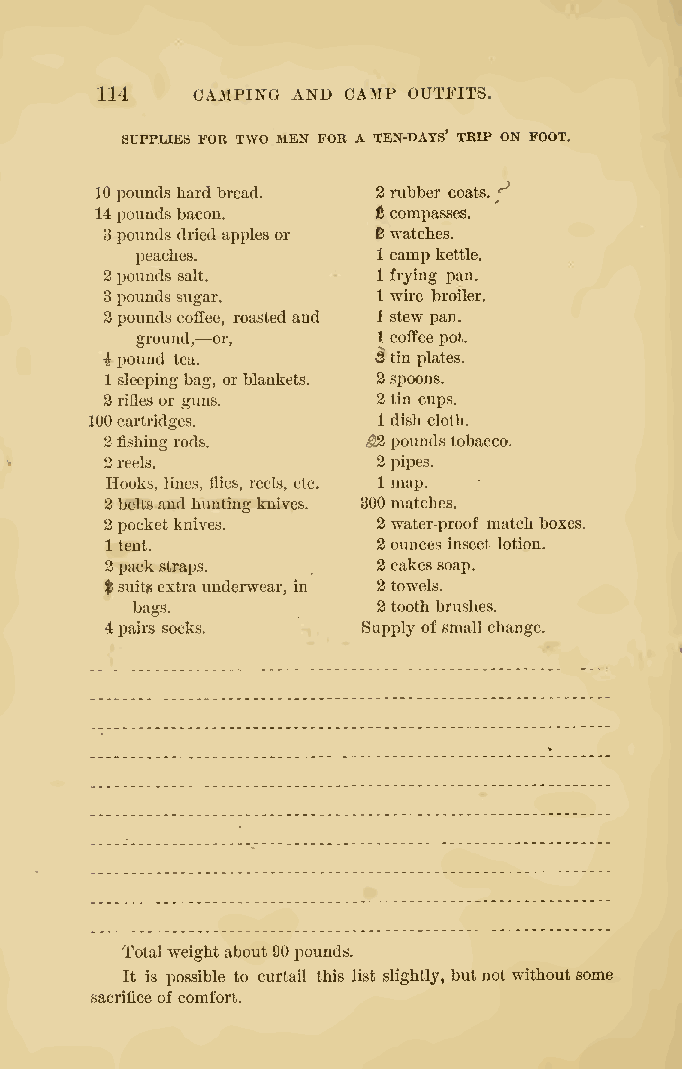
114    CAMPING AND CAMP OUTFITS.
 SUPPLIES FOR TWO MEN FOR A TEN-DAYS' TRIP ON FOOT.
 10 poundshard bread. 2rubber coats. "^
 14pounds bacon.    t compasses.
 3poundsdriedapplesor ^watches.
 peaches.        1 campkettle.
 2pounds salt.     1 frying pan.
 3poundssugar.     1 wire broiler.
 2poundscoffee, roastedand 1 stewpan.
 —
 ground, or,     1 coffeepot.
 i pound tea.      Mtin plates.
 1 sleepingbag, orblankets. 2spoons.
 2riflesor guns.   2 tin cups.
 100cartridges,     1 dishcloth.
 2fishingrods.    S2 poundstobacco.
 2reels.           2pipes.
 Hooks, lines, flies, reels, etc. 1 map.
 2beltsandhuntingknives. 300matches.
 2pocketknives.    2water-proof match boxes.
 1 tent.           2ouncesinsect lotion.
 2packstraps.      2cakessoap.
 Isuitsextraunderwear, in 2 towels.
 bags.           2 tooth brushes.
 4pairs socks.    Supplyofsmallchange.
 Totalweightabout90pounds.
 It is possible to curtail this list slightly, butnot withoutsome
 sacrificeofcomfort.